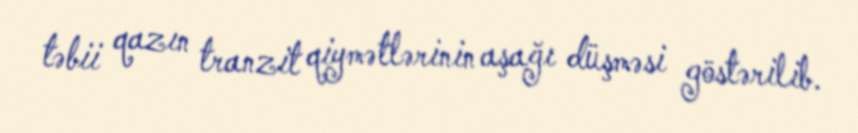
təbii qazın tranzit qiymətlərinin aşağı düşməsi göstərilib.